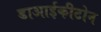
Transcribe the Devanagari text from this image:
डाआईकीटोन